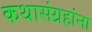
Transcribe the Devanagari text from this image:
कथासंग्रहांना